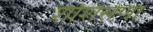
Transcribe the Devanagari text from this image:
शशिसेणा